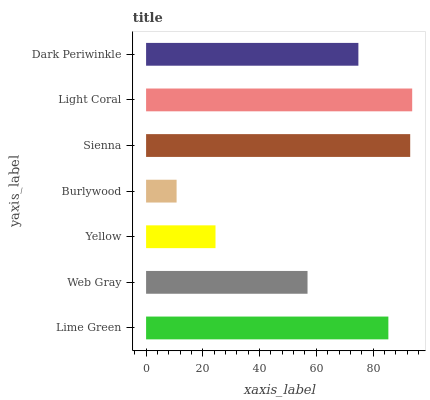
| yaxis_label | bars |
 | --- | --- |
 | Lime Green | 85.4 |
 | Web Gray | 56.9 |
 | Yellow | 24.5 |
 | Burlywood | 10.8 |
 | Sienna | 93.1 |
 | Light Coral | 93.8 |
 | Dark Periwinkle | 74.8 |